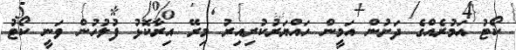
ކޯޓު އަމުރެއްގެ ދަށުން އަމީން ހައްޔަރުކުރިއިރު މިރޭ އިރާކޮޅު ފުލުހުން ވަނީ ކޯޓު